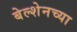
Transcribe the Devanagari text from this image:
बेल्शेनच्या